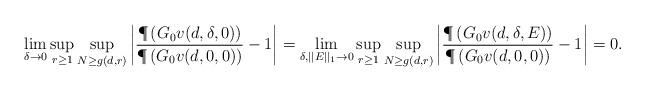
LaTeX: \begin{align*}\lim_{\delta\to 0} \sup_{r \geq 1} \sup_{N \geq g(d,r)} \left| \frac{\P\left( G_0v(d,\delta,0) \right) }{\P\left( G_0v(d,0,0) \right) } - 1 \right|=\lim_{\delta, ||E||_1\to 0} \sup_{r \geq 1} \sup_{N \geq g(d,r)} \left| \frac{\P\left( G_0v(d,\delta,E) \right) }{\P\left( G_0v(d,0,0) \right) } - 1 \right|= 0. \end{align*}